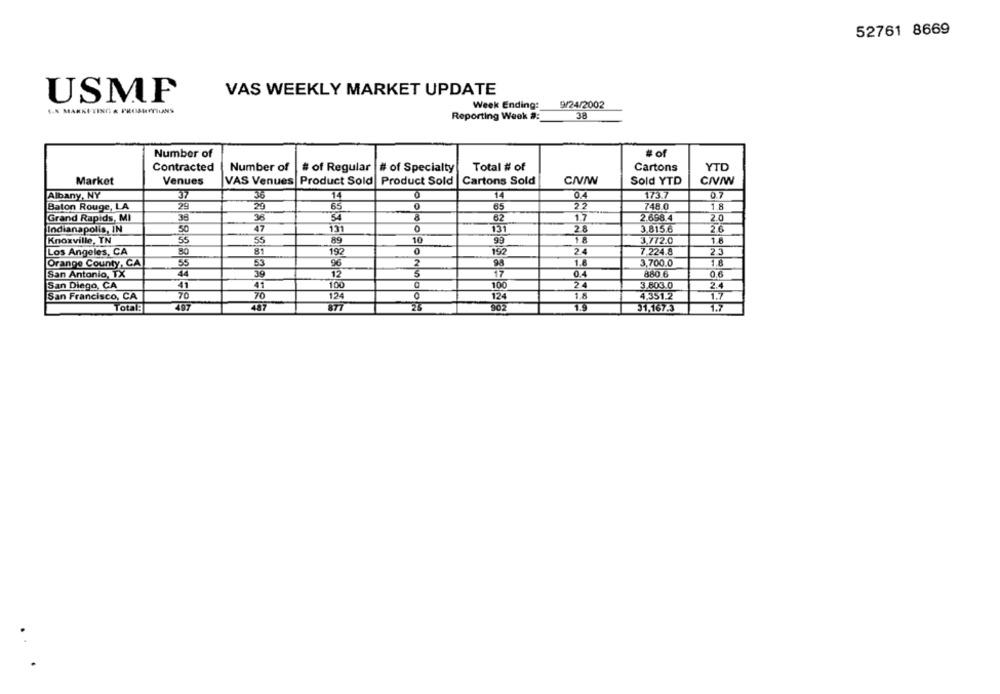
52761 8669
VAS WEEKLY MARKET UPDATE
USMF
9/24/2002
1.5 MARKETING & PROIBITIUNS
Week Ending:
Reporting Week #:
38
Number of
# of
Contracted
Number of
Total # of
Cartons
YTD
# of Regular |# of Specialty
Market
Venues
VAS Venues Product Sold
Product Sold
Cartons Sold
Sold YTD
Albany, NY
37
36
14
14
0.4
173.7
0.7
Baton Rouge, LA
29
20
65
65
748.0
1.8
Grand Rapids, MI
38
36
54
62
1.7
2.698.4
2.0
Indianapolis, IN
50
47
131
0
28
3.815.6
26
131
Knoxville, TN
55
55
89
10
99
3,772.0
1.8
0
24
Los Angeles, CA
80
81
192
7.224.8
2.3
55
53
96
2
1.
3,700.0
1.8
Orange County, CA
San Antonio, TX
44
39
12
3
17
0.
880.6
06
41
41
100
0
100
3.803.0
2.4
San Diego, CA
San Francisco, CA
70
70
124
124
1.
4.351.2
1.7
25
Total:
497
487
1.9
31.167.3